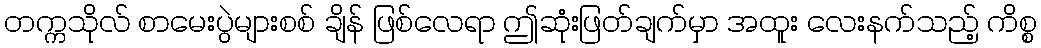
တက္ကသိုလ် စာမေးပွဲများစစ် ချိန် ဖြစ်လေရာ ဤဆုံးဖြတ်ချက်မှာ အထူး လေးနက်သည့် ကိစ္စ